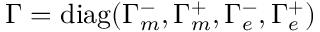
\Gamma = \mathrm { d i a g } ( \Gamma _ { m } ^ { - } , \Gamma _ { m } ^ { + } , \Gamma _ { e } ^ { - } , \Gamma _ { e } ^ { + } )